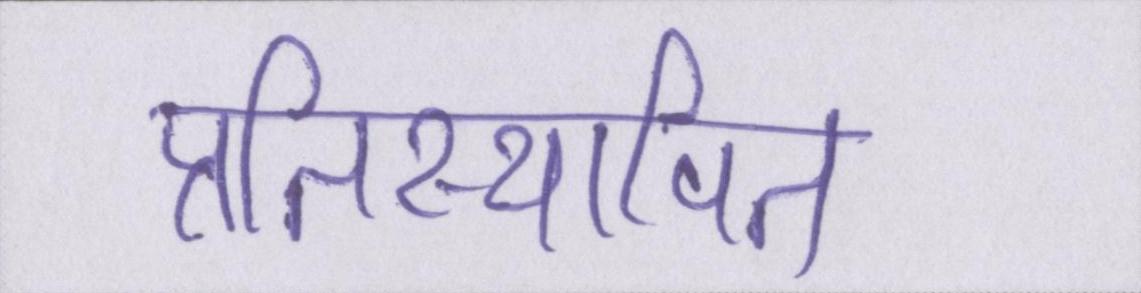
प्रतिस्थापित